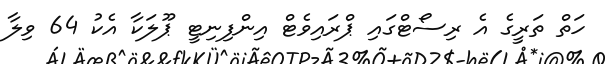
ހަތް ތަރީގެ އެ ރިސޯޓްގައި ޕްރައިވެޓް އިންފިނިޓީ ޕޫލަކާ އެކު 64 ވިލާ